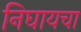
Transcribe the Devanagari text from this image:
निघायचा